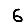
Digit: 6